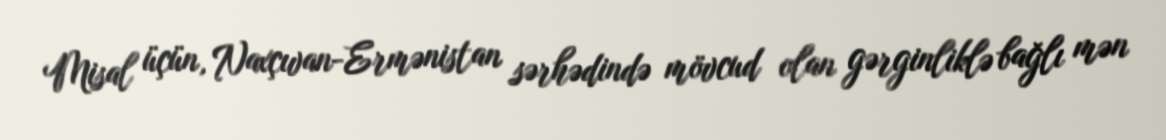
Misal üçün, Naxçıvan-Ermənistan sərhədində mövcud olan gərginliklə bağlı mən